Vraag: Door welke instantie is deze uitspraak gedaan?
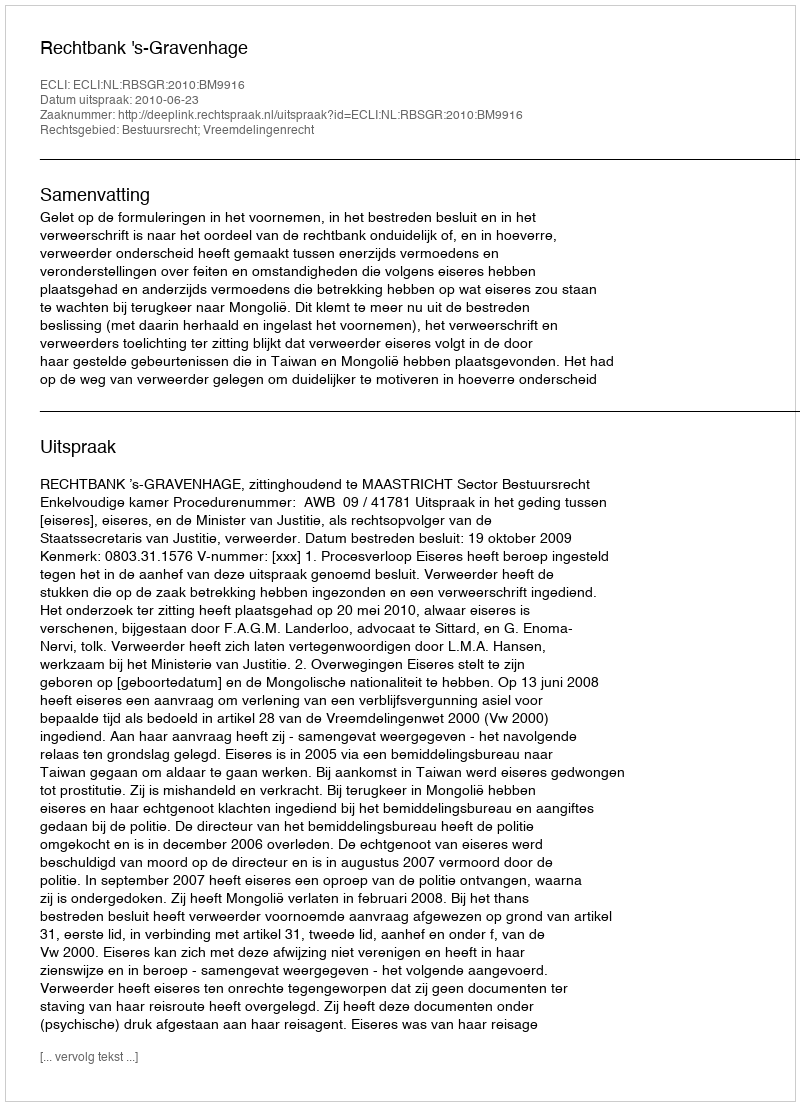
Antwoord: Rechtbank 's-Gravenhage